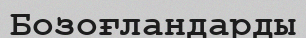
Бозоғландарды